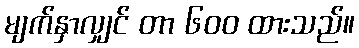
မျက်နှာလျှင် တာ ၆၀၀ ထားသည်။